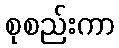
စုစည်းကာ